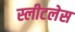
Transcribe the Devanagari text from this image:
स्लीटलेस